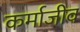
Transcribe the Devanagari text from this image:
कर्माजीव